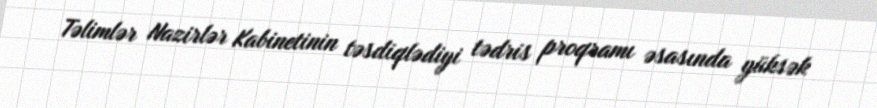
Təlimlər Nazirlər Kabinetinin təsdiqlədiyi tədris proqramı əsasında yüksək